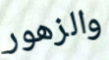
والزهور